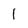
Character: 1